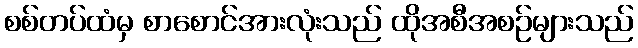
စစ်တပ်ထံမှ စာစောင်အားလုံးသည် ထိုအစီအစဉ်များသည်